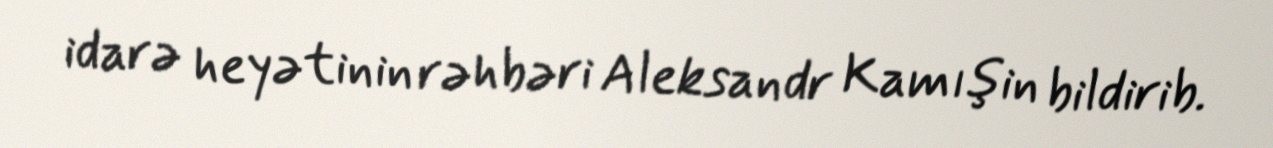
idarə heyətinin rəhbəri Aleksandr Kamışin bildirib.